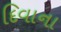
દિવાના